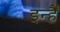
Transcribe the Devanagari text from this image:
इन्हैँ